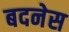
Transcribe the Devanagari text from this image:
बदनेस